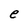
Character: e